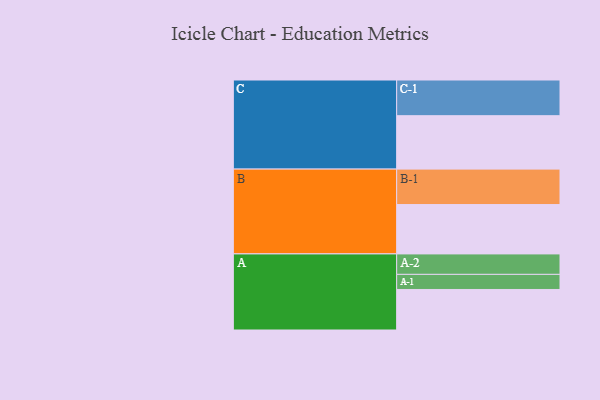
{"axis": {"x": "Segment", "y": "Value"}, "legend": ["", "A", "B", "C"], "data": [{"x": "A", "y": 311, "type": ""}, {"x": "B", "y": 379, "type": ""}, {"x": "C", "y": 410, "type": ""}, {"x": "A-1", "y": 116, "type": "A"}, {"x": "A-2", "y": 157, "type": "A"}, {"x": "B-1", "y": 272, "type": "B"}, {"x": "C-1", "y": 274, "type": "C"}]}